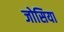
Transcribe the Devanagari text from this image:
जोसिया